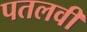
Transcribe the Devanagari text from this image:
पतलवी